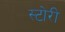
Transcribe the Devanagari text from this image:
स्‍टोरी